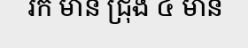
រក មាន ជ្រុង ៤ មាន